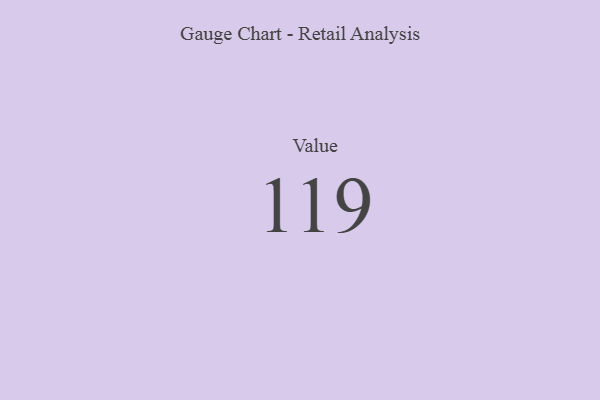
{"axis": {"x": "Metric", "y": "Value"}, "legend": [""], "data": [{"x": "Value", "y": 119, "type": ""}]}